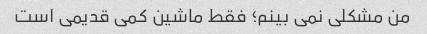
من مشکلی نمی بینم؛ فقط ماشین کمی قدیمی است